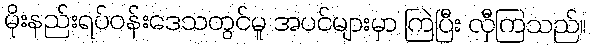
မိုးနည်းရပ်ဝန်းဒေသတွင်မူ အပင်များမှာ ကြဲပြီး လှီကြသည်။